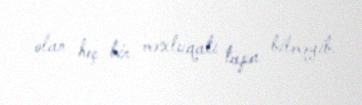
olan heç bir məxluqatı tapa bilməyib.